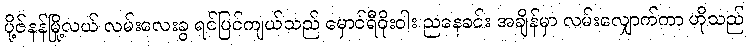
ပို့ဇ်နန်မြို့လယ် လမ်းလေးခွ ရင်ပြင်ကျယ်သည် မှောင်ရီဝိုးဝါး ညနေခင်း အချိန်မှာ လမ်းလျှောက်ကာ ဟိုသည်